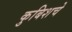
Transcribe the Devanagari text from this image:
कुबिशचे